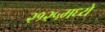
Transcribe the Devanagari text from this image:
२१२५मध्ये